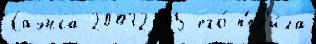
Саэнса 20032005 его́ п'ер'и́ла